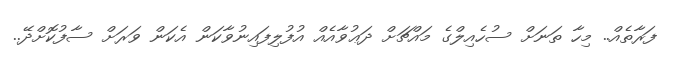
ފަރާތެއް.. މިހާ ތަނަށް ސުހެއިލްގެ މައްޗަށް ދަޢުވާއެއް އުފުލިފައިނުވާކަން އެކަން ވަރަށް ސާފުކޮށްދޭ..